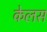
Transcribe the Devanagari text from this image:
केलस